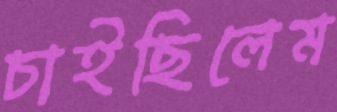
চাইছিলেম